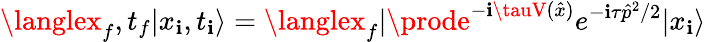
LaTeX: \langlex_{f},t_{f}|x_{\mathbf{i}},t_{\mathbf{i}}\rangle=\langlex_{f}|\prode^{-\mathbf{i}\tauV(\hat{{x}})}e^{-\mathbf{i}\tau\hat{{p}}^{2}/2}|x_{\mathbf{i}}\rangle